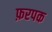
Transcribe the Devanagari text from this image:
फ़रपक